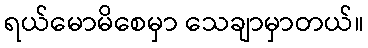
ရယ်မောမိစေမှာ သေချာမှာတယ်။